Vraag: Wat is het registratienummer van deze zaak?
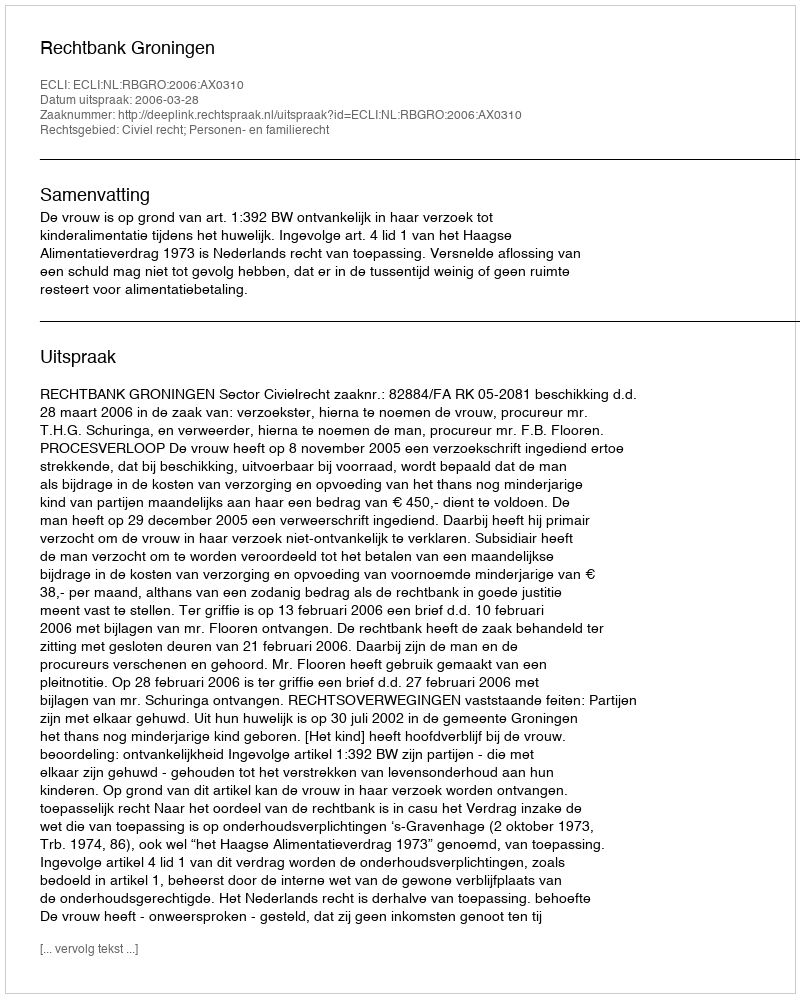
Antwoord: http://deeplink.rechtspraak.nl/uitspraak?id=ECLI:NL:RBGRO:2006:AX0310